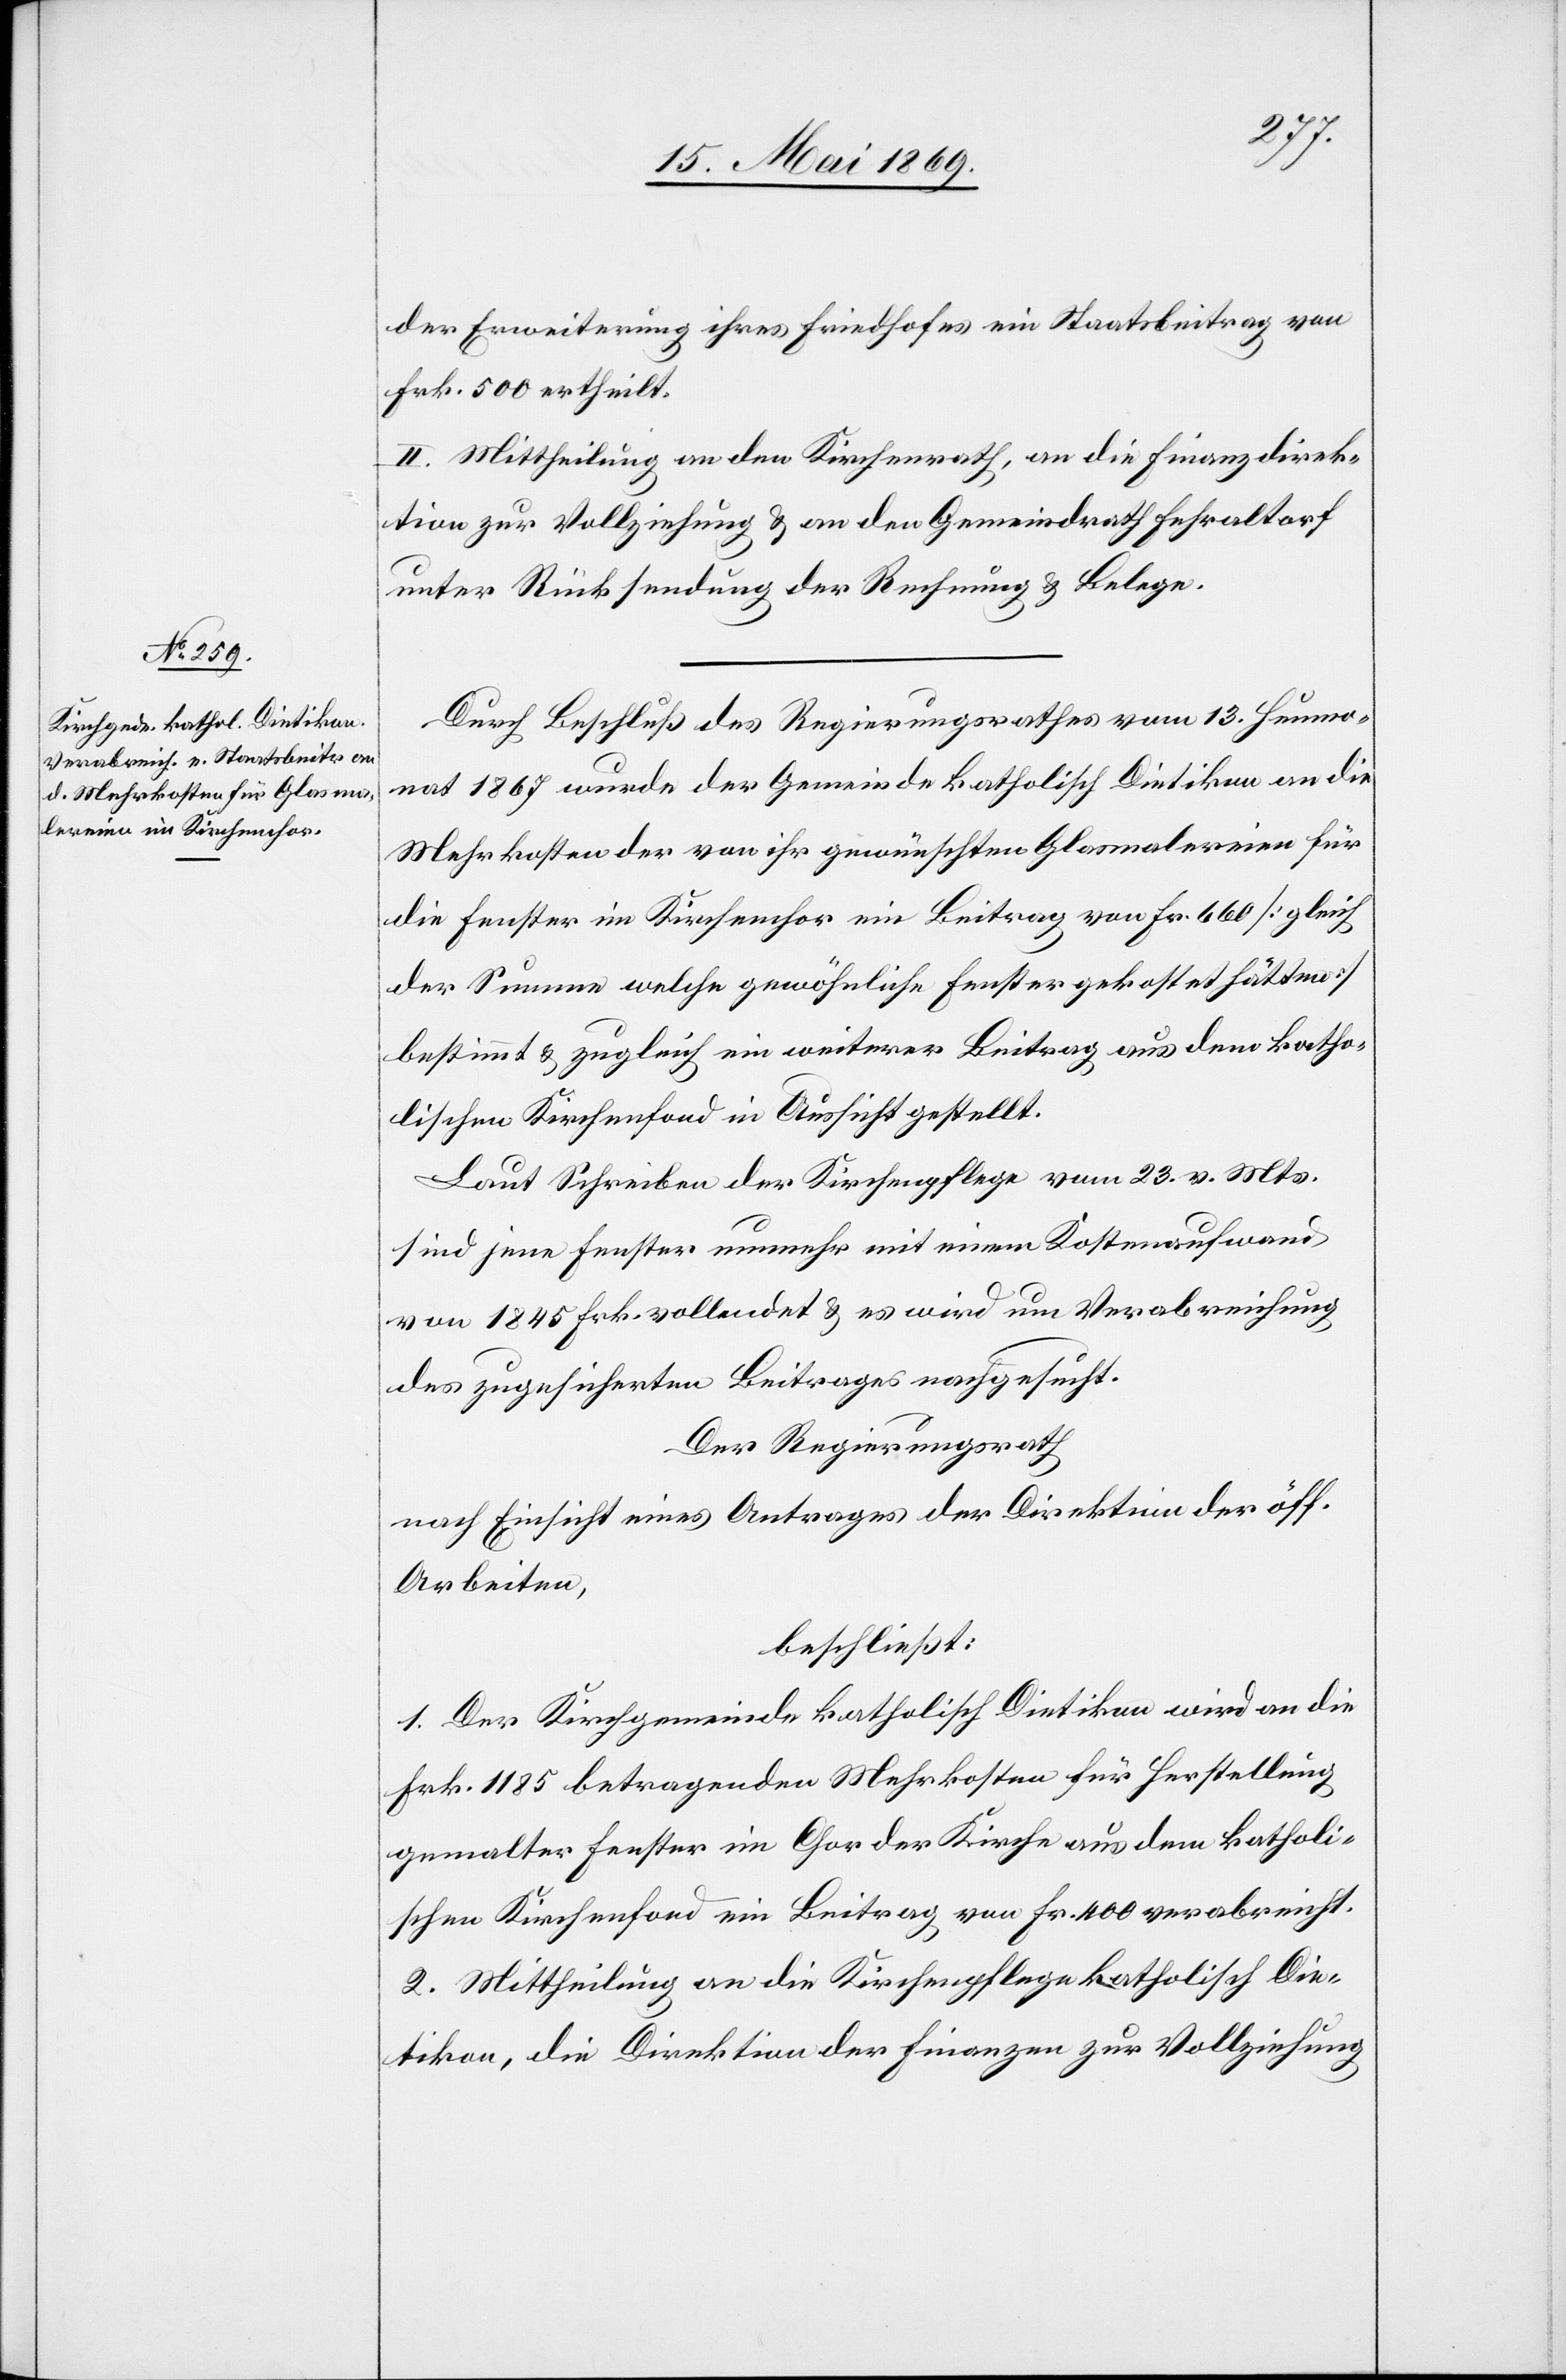
der Erweiterung ihres Friedhofes ein Staatsbeitrag von
Frk. 500 ertheilt.
II. Mittheilung an den Kirchenrath, an die Finanzdirek¬
tion zur Vollziehung u. an den Gemeindrath Fehraltorf
unter Rücksendung der Rechnung u. Belege.
Durch Beschluß des Regierungsrathes vom 13. Heumo¬
nat 1867 wurde der Gemeinde katholisch Dietikon an die
Mehrkosten der von ihr gewünschten Glasmalereien für
die Fenster im Kirchenchor ein Beitrag von Fr. 660 [gleich
der Summe welche gewöhnliche Fenster gekostet hätten]
bestimmt u. zugleich ein weiterer Beitrag aus dem katho¬
lischen Kirchenfond in Aussicht gestellt.
Laut Schreiben der Kirchenpflege vom 23. v. Mts.
sind jene Fenster nunmehr mit einem Kostenaufwand
von 1845 Frk. vollendet u. es wird um Verabreichung
des zugesicherten Beitrages nachgesucht.
Der Regierungsrath
nach Einsicht eines Antrages der Direktion der öff.
Arbeiten,
beschließt:
1. Der Kirchgemeinde katholisch Dietikon wird an die
Frk. 1185 betragenden Mehrkosten für Herstellung
gemalter Fenster im Chor der Kirche aus dem katholi¬
schen Kirchenfond ein Beitrag von Fr 400 verabreicht.
2. Mittheilung an die Kirchenpflege katholisch Die¬
tikon, die Direktion der Finanzen zur Vollziehung